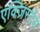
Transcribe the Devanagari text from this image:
एक्ज़िस्टेंस